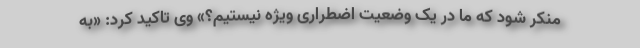
منکر شود که ما در یک وضعیت اضطراری ویژه نیستیم؟» وی تاکید کرد: «به